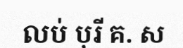
លប់ បុរី គ. ស